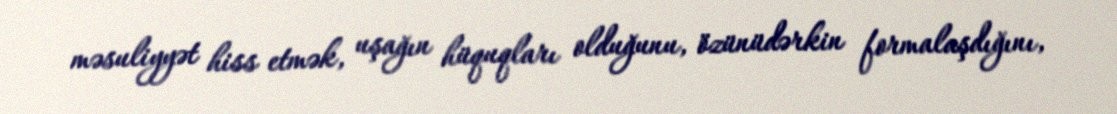
məsuliyyət hiss etmək, uşağın hüquqları olduğunu, özünüdərkin formalaşdığını,